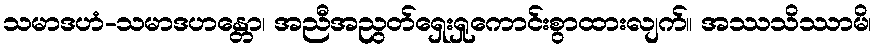
သမာဒဟံ-သမာဒဟန္တော၊ အညီအညွတ်ရှေးရှုကောင်းစွာထားလျက်။ အဿသိဿာမိ၊